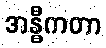
အန္ဓီကတာ